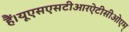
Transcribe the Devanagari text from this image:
हैं।यूएसएसटीआरऐटीसीओएम्